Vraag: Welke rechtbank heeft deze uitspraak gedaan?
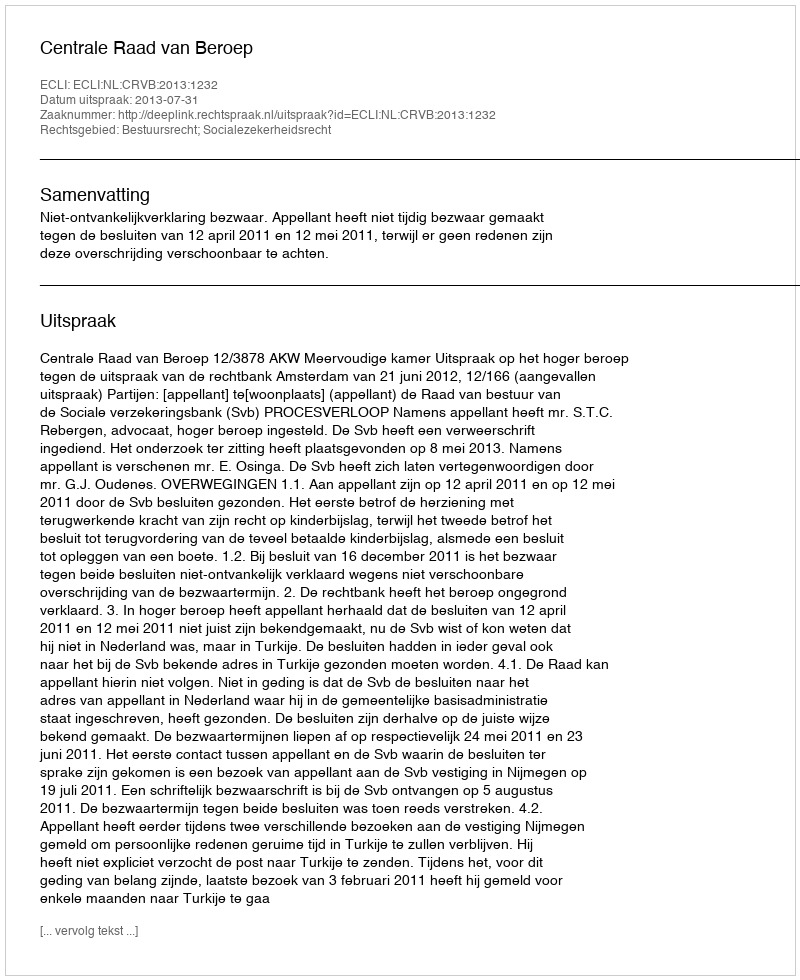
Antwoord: Centrale Raad van Beroep